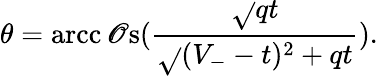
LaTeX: \theta=\operatorname{arcc\mathscr{O}s}(\frac{{\sqrt{}{{qt}}}}{{\sqrt{}{{(V_{-}-t)^{2}+qt}}}}).